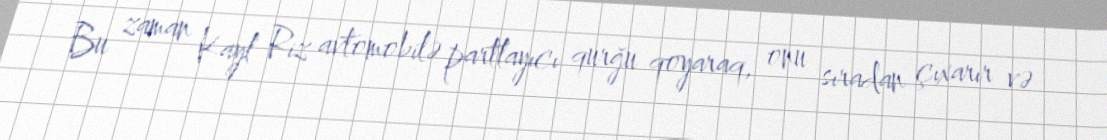
Bu zaman Kayl Riz avtomobilə partlayıcı qurğu qoyaraq, onu sıradan çıxarır və